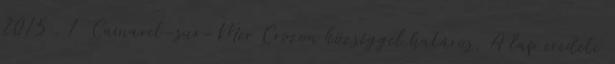
2015 . 1 Camaret-sur-Mer Crozon községgel határos. A lap eredeti